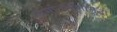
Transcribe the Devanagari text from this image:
सामान्यपेशीसुद्धा